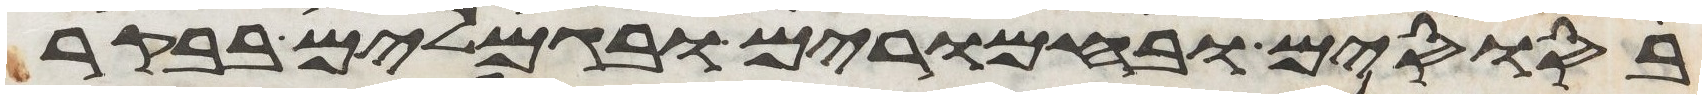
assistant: בסוסים ובחמרים ובגמלים בבקר